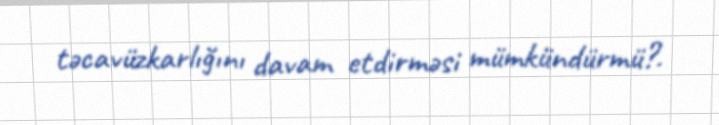
təcavüzkarlığını davam etdirməsi mümkündürmü?.